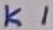
Text: K1